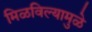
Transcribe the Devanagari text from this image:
मिळविल्यामुळे